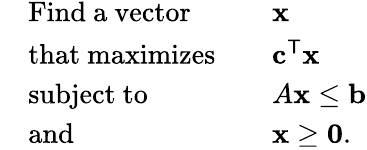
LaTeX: {\begin{array}{rlrl}&{{\mathrm{Find~a~vector}}}&&{\mathbf{x}}\\ &{{\mathrm{that~maximizes}}}&&{\mathbf{c}^{\mathsf{T}}\mathbf{x}}\\ &{{\mathrm{subject~to}}}&&{A\mathbf{x}\leq\mathbf{b}}\\ &{{\mathrm{and}}}&&{\mathbf{x}\geq\mathbf{0}.}\end{array}}